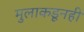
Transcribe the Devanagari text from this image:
मुलाकडूनही